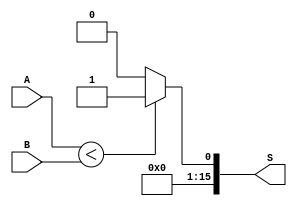
module Setlessthan(input[15:0]A,B, output reg [15:0] S);

  always@(A, B)
	begin
		if(A < B)
			S <= 16'b0000000000000001;
		else
			S <= 16'b0;
	end
	
	
endmodule